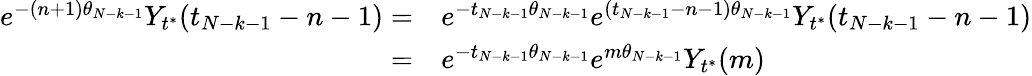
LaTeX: \begin{array}{rl}{e^{-(n+1)\theta_{N-k-1}}Y_{t^{*}}(t_{N-k-1}-n-1)=}&{e^{-t_{N-k-1}\theta_{N-k-1}}e^{(t_{N-k-1}-n-1)\theta_{N-k-1}}Y_{t^{*}}(t_{N-k-1}-n-1)}\\ {=}&{e^{-t_{N-k-1}\theta_{N-k-1}}e^{m\theta_{N-k-1}}Y_{t^{*}}(m)}\end{array}